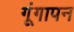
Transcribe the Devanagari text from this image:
गूंगापन